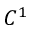
C ^ { 1 }